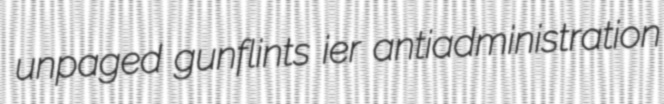
unpaged gunflints ier antiadministration